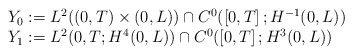
\begin{align*}\begin{array}[c]{l}Y_{0}:=L^{2}( ( 0,T) \times( 0,L) )\cap C^{0}( \left[ 0,T\right] ;H^{-1}( 0,L) )\\Y_{1}:=L^{2}( 0,T;H^{4}( 0,L) ) \cap C^{0}(\left[ 0,T\right] ;H^{3}( 0,L) ) \end{array}\end{align*}